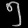
Digit: ၅